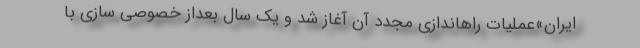
ایران»عملیات راهاندازی مجدد آن آغاز شد و یک سال بعداز خصوصی سازی با